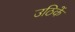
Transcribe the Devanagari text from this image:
उठिकें